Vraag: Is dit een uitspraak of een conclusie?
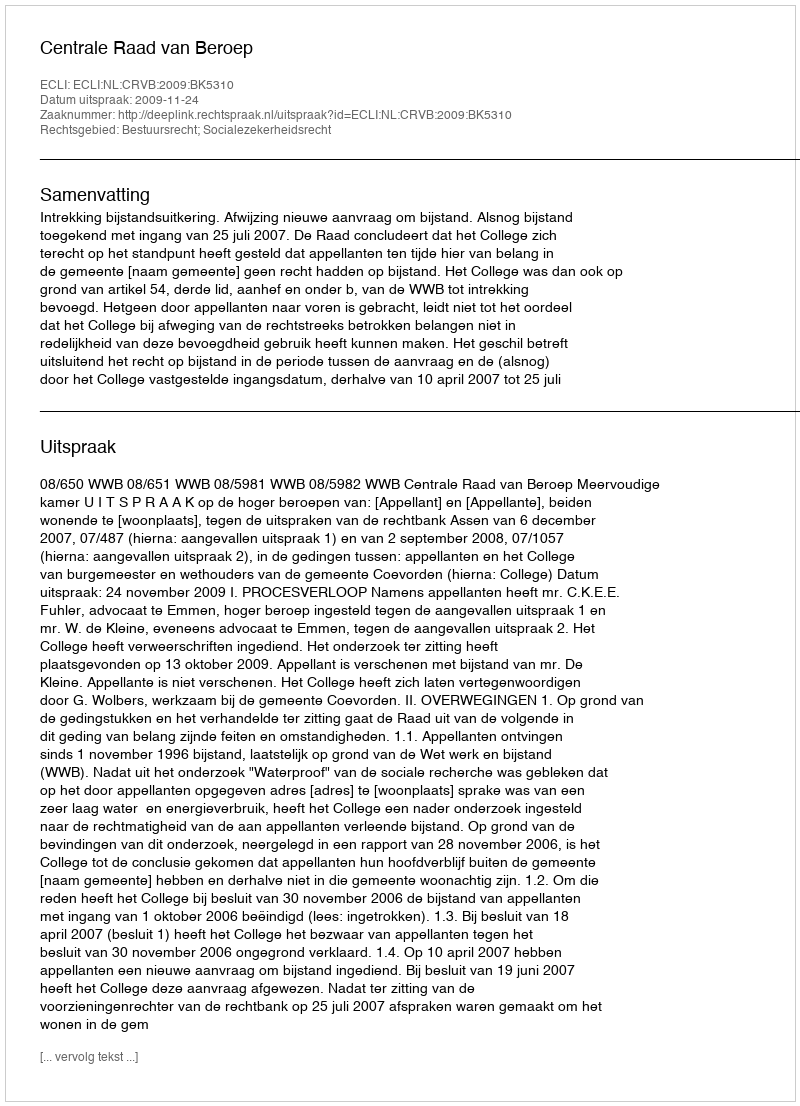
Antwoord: Uitspraak